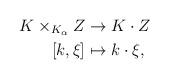
LaTeX: \begin{align*}K \times_{K_{\alpha}} Z &\to K\cdot Z\\ [k, \xi] &\mapsto k\cdot \xi,\end{align*}